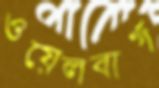
ওয়েলবার্গ